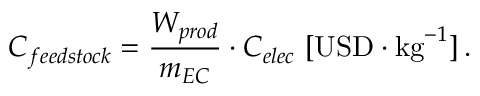
C _ { f e e d s t o c k } = \frac { W _ { p r o d } } { m _ { E C } } \cdot C _ { e l e c } \ [ \mathrm { U S D } \cdot \mathrm { k g } ^ { - 1 } ] \, .